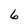
Character: 6